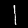
Label: 1